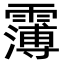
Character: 𩅿